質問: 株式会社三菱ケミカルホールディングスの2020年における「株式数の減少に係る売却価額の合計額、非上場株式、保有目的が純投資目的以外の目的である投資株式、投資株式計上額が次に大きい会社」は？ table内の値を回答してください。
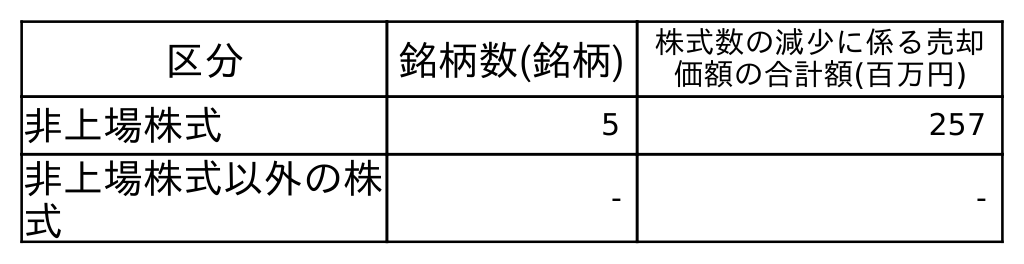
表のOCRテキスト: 区分 銘柄数(銘柄) 株式数の減少に係る売却 価額の合計額(百万円) 非上場株式 5 257 非上場株式以外の株 式 - -
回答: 257